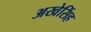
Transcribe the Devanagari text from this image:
अखेसिंह